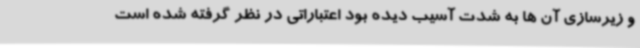
و زیرسازی آن ها به شدت آسیب دیده بود اعتباراتی در نظر گرفته شده است